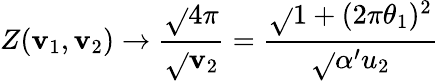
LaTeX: Z(\mathbf{v}_{1},\mathbf{v}_{2})\rightarrow\frac{{\sqrt{}{{4\pi}}}}{{\sqrt{}{{\mathbf{v}_{2}}}}}=\frac{{\sqrt{}{{1+(2\pi\theta_{1})^{2}}}}}{{\sqrt{}{{\alpha^{\prime}}}u_{2}}}